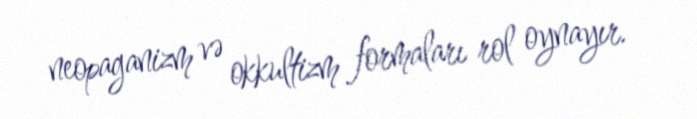
neopaganizm və okkultizm formaları rol oynayır.